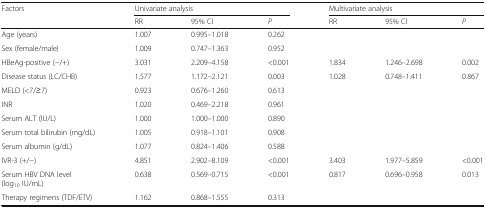
<table><thead><tr><td rowspan="2"><b>Factors</b></td><td colspan="3"><b>Univariate analysis</b></td><td colspan="3"><b>Multivariate analysis</b></td></tr><tr><td><b>RR</b></td><td><b>95% CI</b></td><td><b><i>P</i></b></td><td><b>RR</b></td><td><b>95% CI</b></td><td><b><i>P</i></b></td></tr></thead><tbody><tr><td>Age (years)</td><td>1.007</td><td>0.995–1.018</td><td>0.262</td><td></td><td></td><td></td></tr><tr><td>Sex (female/male)</td><td>1.009</td><td>0.747–1.363</td><td>0.952</td><td></td><td></td><td></td></tr><tr><td>HBeAg-positive (−/+)</td><td>3.031</td><td>2.209–4.158</td><td>&lt;0.001</td><td>1.834</td><td>1.246–2.698</td><td>0.002</td></tr><tr><td>Disease status (LC/CHB)</td><td>1.577</td><td>1.172–2.121</td><td>0.003</td><td>1.028</td><td>0.748–1.411</td><td>0.867</td></tr><tr><td>MELD (&lt;7/≥7)</td><td>0.923</td><td>0.676–1.260</td><td>0.613</td><td></td><td></td><td></td></tr><tr><td>INR</td><td>1.020</td><td>0.469–2.218</td><td>0.961</td><td></td><td></td><td></td></tr><tr><td>Serum ALT (IU/L)</td><td>1.000</td><td>1.000–1.000</td><td>0.890</td><td></td><td></td><td></td></tr><tr><td>Serum total bilirubin (mg/dL)</td><td>1.005</td><td>0.918–1.101</td><td>0.908</td><td></td><td></td><td></td></tr><tr><td>Serum albumin (g/dL)</td><td>1.077</td><td>0.824–1.406</td><td>0.588</td><td></td><td></td><td></td></tr><tr><td>IVR-3 (+/−)</td><td>4.851</td><td>2.902–8.109</td><td>&lt;0.001</td><td>3.403</td><td>1.977–5.859</td><td>&lt;0.001</td></tr><tr><td>Serum HBV DNA level(log<sub>10</sub> IU/mL)</td><td>0.638</td><td>0.569–0.715</td><td>&lt;0.001</td><td>0.817</td><td>0.696–0.958</td><td>0.013</td></tr><tr><td>Therapy regimens (TDF/ETV)</td><td>1.162</td><td>0.868–1.555</td><td>0.313</td><td></td><td></td><td></td></tr></tbody></table>